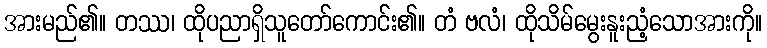
အားမည်၏။ တဿ၊ ထိုပညာရှိသူတော်ကောင်း၏။ တံ ဗလံ၊ ထိုသိမ်မွေးနူးညံ့သောအားကို။